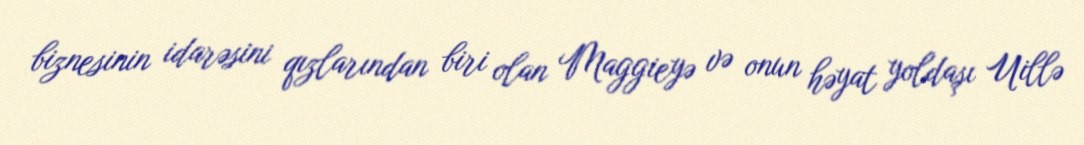
biznesinin idarəsini qızlarından biri olan Maggieyə və onun həyat yoldaşı Uillə